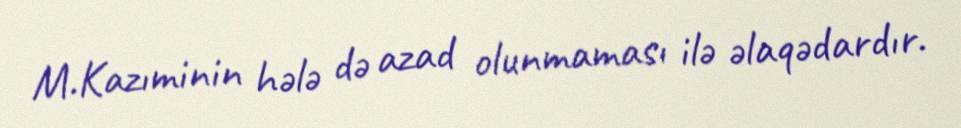
M.Kazıminin hələ də azad olunmaması ilə əlaqədardır.